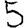
Digit: 5